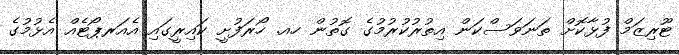
ޓޫރިޒަމް ފުޅާކޮށް ތަނަވަސްކަން އިތުރުކުރުމުގެ ގޮތުން ހއ. ހޯރަފުށީ ކައިރީގައި އެއަރޕޯޓެއް އެޅުމުގެ